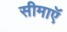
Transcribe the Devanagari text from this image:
सीमाएॅ